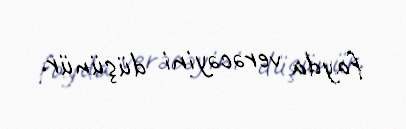
fayda verəcəyini düşünür.